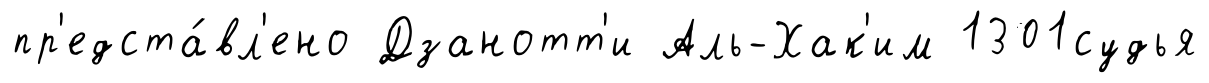
пр'едста́вл'ено Дзанотт'и Аль-Хак'им 1301судья